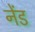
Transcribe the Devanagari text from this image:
नेंड